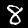
Digit: 8